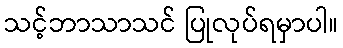
သင့်ဘာသာသင် ပြုလုပ်ရမှာပါ။